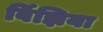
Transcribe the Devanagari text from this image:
बिँझिया